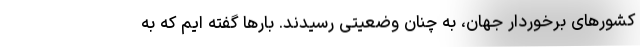
کشورهای برخوردار جهان، به چنان وضعیتی رسیدند. بارها گفته ایم که به